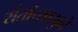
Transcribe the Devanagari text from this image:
संतांच्यामुळे